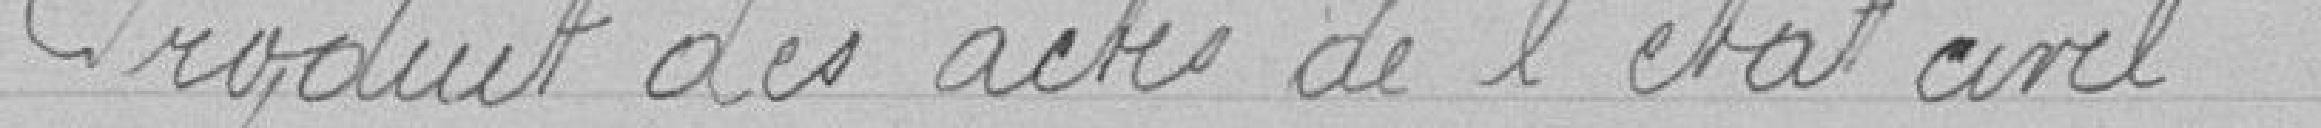
Produit des actes de l'état civil